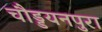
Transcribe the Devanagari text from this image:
चौड्डयनपुरा